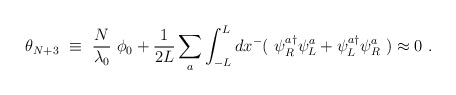
\begin{align*}\theta_{N+3} ~\equiv ~\frac{N}{\lambda_0}~ \phi_0 + \frac{1}{2 L} \sum_a \int_{-L}^L d x^- (~ \psi_R^{a \dag} \psi_L^a + \psi_L^{a \dag} \psi_R^a ~) \approx 0 ~. \end{align*}